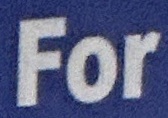
For